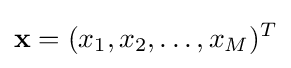
\mathbf {x} =(x_{1},x_{2},\ldots ,x_{M})^{T}